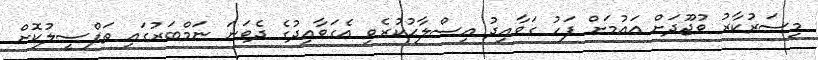
މިސަރުކާރު ވުޖޫދަށް އައުމަށް ފަހު ގަވާއިދު އިސްލާޙުކުރެވި އެގަވާއިދުގެ ދެވަނަ ނަމްބަރުގައި ތަފްސީލުކޮށް